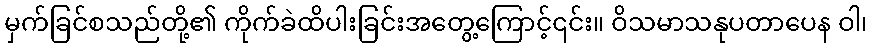
မှက်ခြင်စသည်တို့၏ ကိုက်ခဲထိပါးခြင်းအတွေ့ကြောင့်၎င်း။ ဝိသမာသနုပတာပေန ဝါ၊